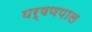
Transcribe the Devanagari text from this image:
घर्षणपाल